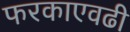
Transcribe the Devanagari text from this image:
फरकाएवढी